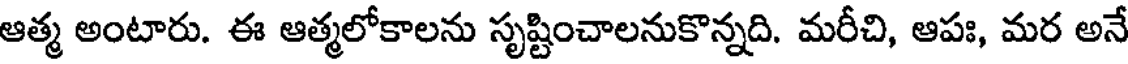
ఆత్మ అంటారు. ఈ ఆత్మలోకాలను సృష్టించాలనుకొన్నది. మరీచి, ఆపః, మర అనే